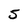
Character: 5